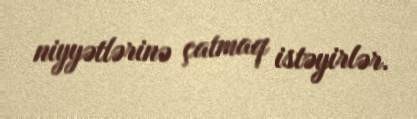
niyyətlərinə çatmaq istəyirlər.